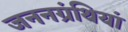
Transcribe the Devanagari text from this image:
जननग्रंथियां